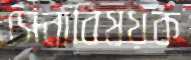
সেনাবিষয়ক